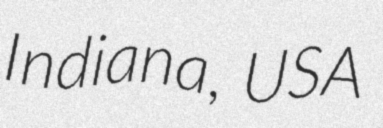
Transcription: Indiana, USA